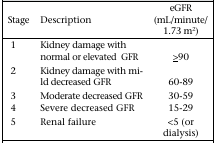
| Stage | Description | eGFR (mL/minute/ 1.73 m2) |
 | --- | --- | --- |
 | 1 | Kidney damage with normal or elevated GFR | >90 |
 | 2 | Kidney damage with mild decreased GFR | 60-89 |
 | 3 | Moderate decreased GFR | 30-59 |
 | 4 | Severe decreased GFR | 15-29 |
 | 5 | Renal failure | <5 (or dialysis) |